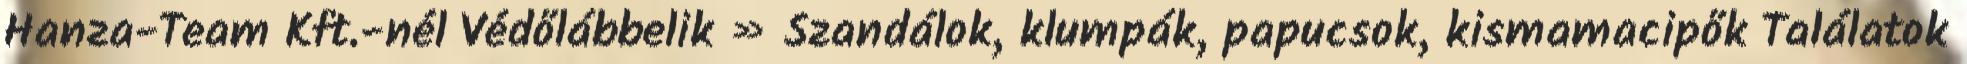
Hanza-Team Kft.-nél Védőlábbelik » Szandálok, klumpák, papucsok, kismamacipők Találatok